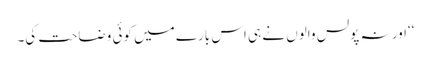
‘‘اور نہ پولس والوں نے ہی اس بارے میں کوئی وضاحت کی۔